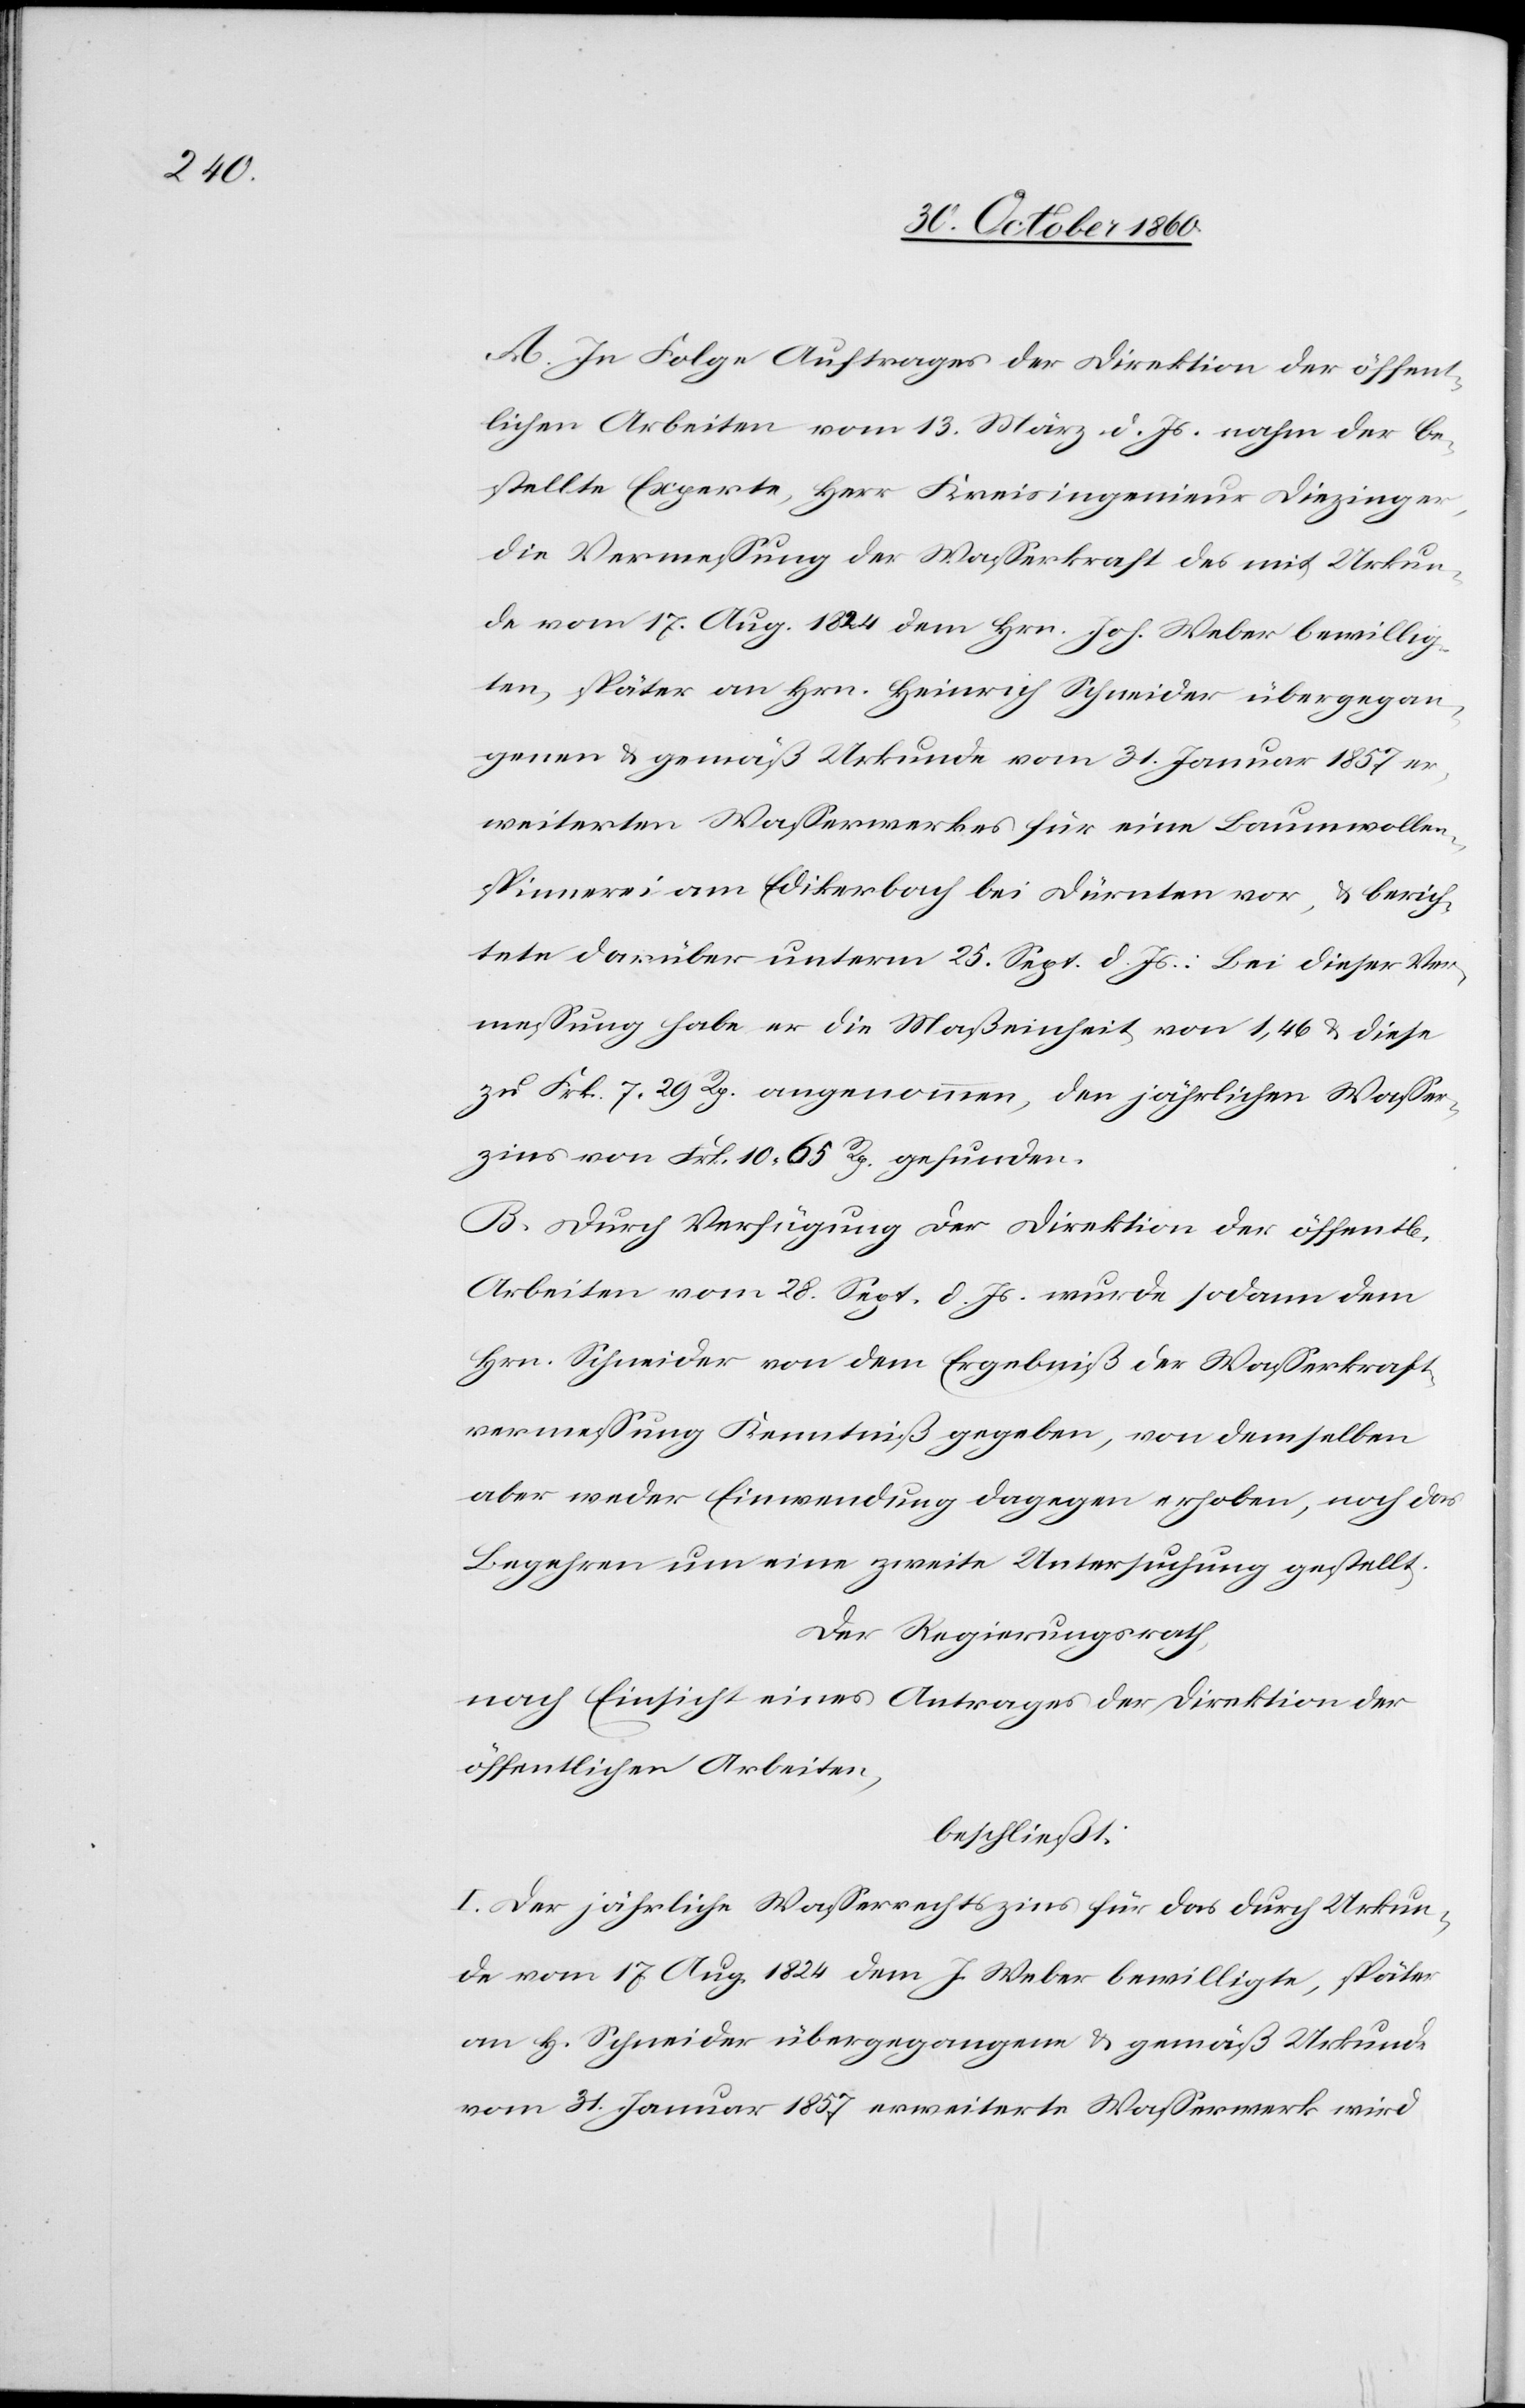
A. In Folge Auftrages der Direktion der öffent¬
lichen Arbeiten vom 13. März d. Js. nahm der be¬
stellte Experte, Herr Kreisingenieur Diezinger,
die Vermessung der Wasserkraft des mit Urkun¬
de vom 17. Aug. 1824 dem Hrn. Joh. Weber bewillig¬
ten, später an Hrn. Heinrich Schneider übergegan¬
genen u. gemäß Urkunde vom 31. Januar 1857 er¬
weiterten Wasserwerkes für eine Baumwollen¬
spinnerei am Edikerbach bei Dürnten vor, u. berich¬
tete darüber unterm 25. Sept. d. Js.: Bei dieser Ver¬
messung habe er die Maßeinheit von 1,46 u. diese
zu Frk. 7 29 Rp. angenommen, der jährliche Wasser¬
zins von Frk. 10 65Rp. gefunden.
B. Durch Verfügung der Direktion der öffent[lichen]
Arbeiten vom 28. Sept. d. Js. wurde sodann dem
Hrn. Schneider von dem Ergebniß der Wasserkraft¬
vermessung Kenntniß gegeben, von demselben
aber weder Einwendung dagegen erhoben, noch das
Begehren um eine zweite Untersuchung gestellt.
Der Regierungsrath
nach Einsicht eines Antrages der Direktion der
öffentlichen Arbeiten,
beschließt:
I. Der jährliche Wasserrechtszins für das durch Urkun¬
de vom 17. Aug. 1824 dem J. Weber bewilligte, später
an H. Schneider übergegangene u. gemäß Urkunde
vom 31. Januar 1857 erweiterte Wasserwerk wird